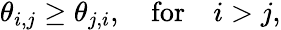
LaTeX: \begin{array}{r}{\theta_{i,j}\geq\theta_{j,i},\quad\mathrm{for}\quad i>j,}\end{array}